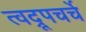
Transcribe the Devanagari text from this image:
त्वद्रूपचर्चे